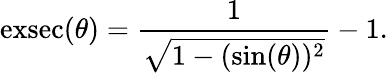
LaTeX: \operatorname{exsec}(\theta)={\frac{1}{\sqrt{1-(\sin(\theta))^{2}}}}-1.